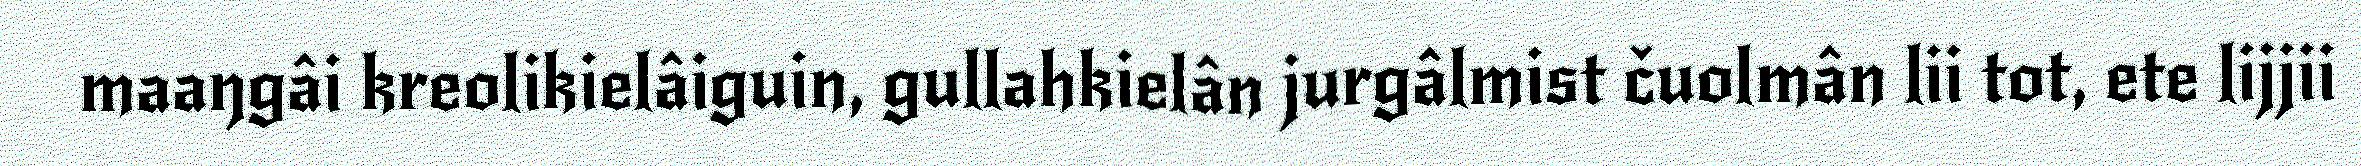
maaŋgâi kreolikielâiguin, gullahkielân jurgâlmist čuolmân lii tot, ete lijjii